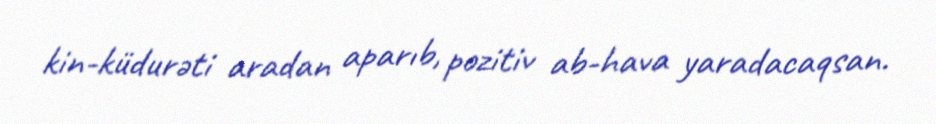
kin-küdurəti aradan aparıb, pozitiv ab-hava yaradacaqsan.